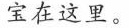
宝在这里。